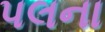
પલના